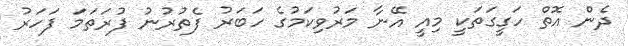
ދެން އޮތް ހަގީގަތަކީ މިއީ އޭނާ މަރުވިކަމުގެ ހަބަރު ފެތުރުނު ފުރަތަމަ ފަހަރު